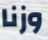
وزنا